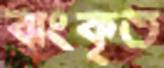
ঝংকৃত